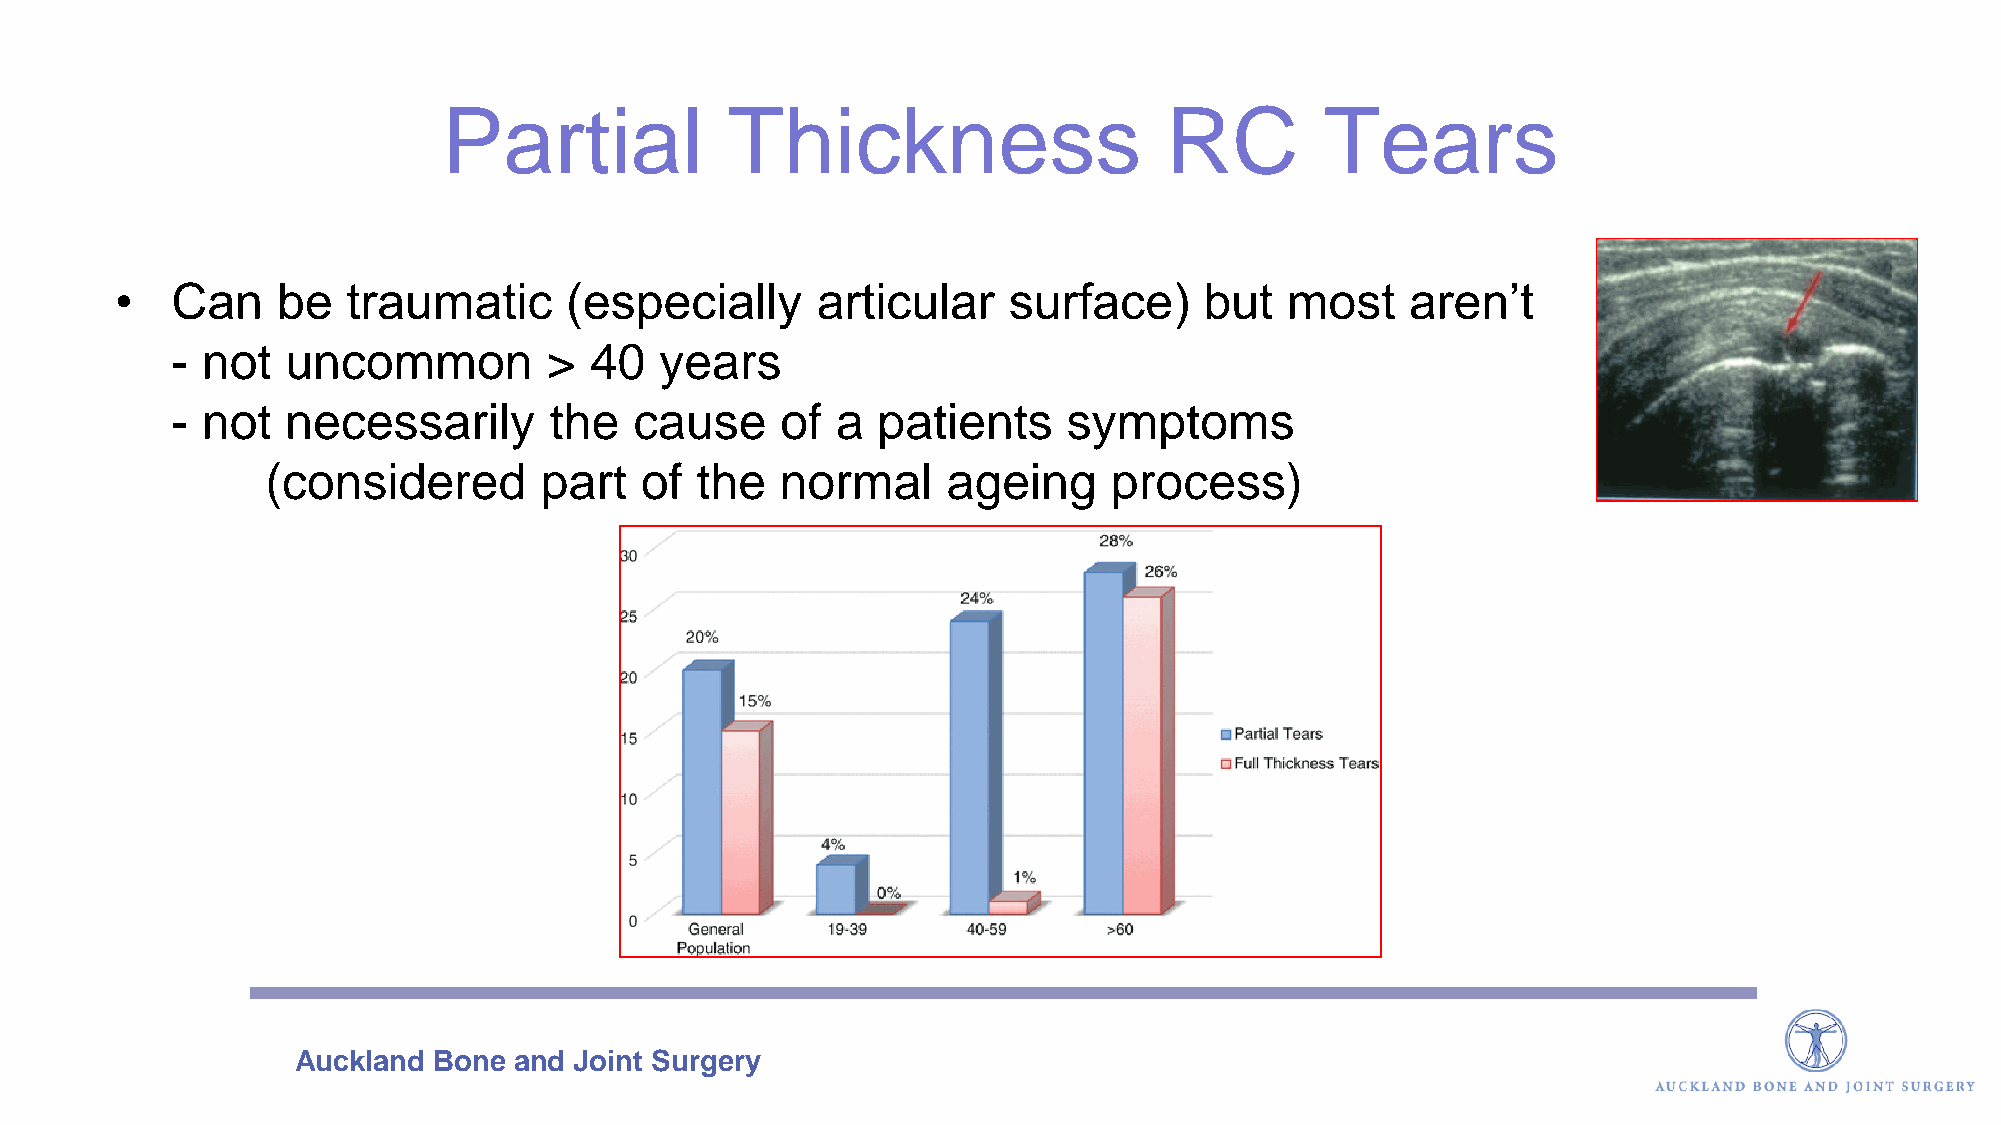
Partial            Thickness                    RC         Tears
 •  Can    be   traumatic     (especially      articular    surface)     but  most    aren’t
 - not   uncommon         >  40   years
 - not   necessarily      the   cause     of a  patients     symptoms
 (considered       part  of  the   normal     ageing     process)
 Auckland  Bone and Joint Surgery